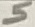
Text: 5